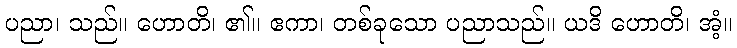
ပညာ၊ သည်။ ဟောတိ၊ ၏။ ဧကာ၊ တစ်ခုသော ပညာသည်။ ယဒိ ဟောတိ၊ အံ့။